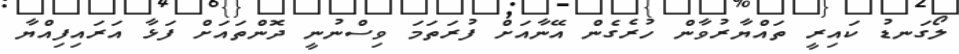
ލޯގަނޑު ކައިރީ ތައްޔާރުވާން ހުރެގެން އޭނާއަށް ފުރަތަމަ ވިސްނުނީ ދޮންތައަށް ފަޅާ އަރައިފިއްޔާ